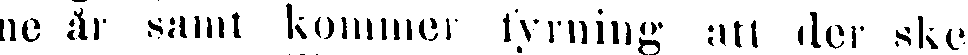
ne år samt kommer fyrning att der ske